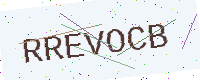
Text: RREVOCB